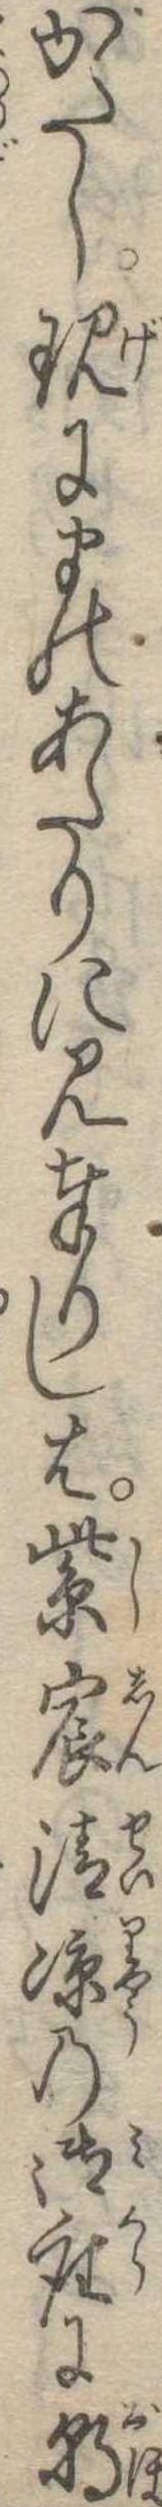
がたし現にまのあたりに見奉りしは紫宸清涼の御座に朝